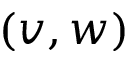
( v , w )